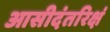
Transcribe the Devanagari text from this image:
आसीदंतरिक्षं